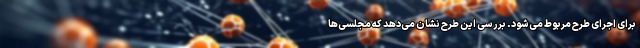
برای اجرای طرح مربوط می‌شود. بررسی این طرح نشان می‌دهد که مجلسی‌ها